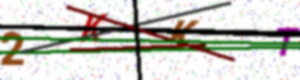
Text: 2KKT